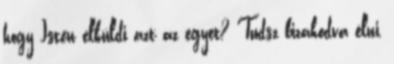
hogy Isten elküldi azt az egyet? Tudsz bizakodva élni,